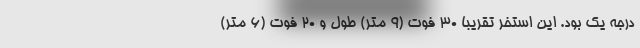
درجه یک بود. این استخر تقریبا 30 فوت (9 متر) طول و 20 فوت (6 متر)